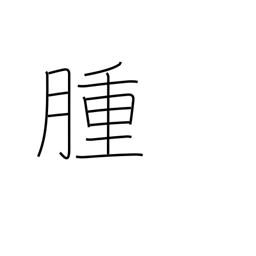
Meaning: tumor